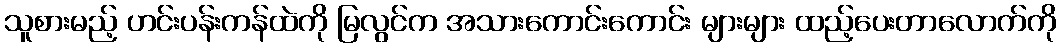
သူစားမည့် ဟင်းပန်းကန်ထဲကို မြလွင်က အသားကောင်းကောင်း များများ ထည့်ပေးတာလောက်ကို